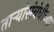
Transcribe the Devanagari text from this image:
तार्‍यांसंबंधीच्या